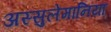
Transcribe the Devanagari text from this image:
अस्सुलेमानिया